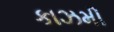
કાઝમી